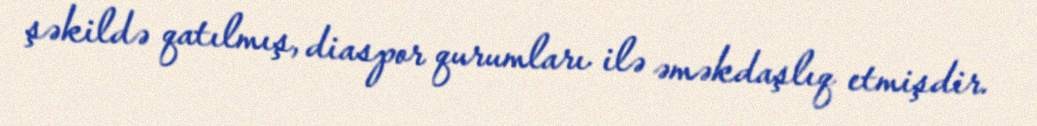
şəkildə qatılmış, diaspor qurumları ilə əməkdaşlıq etmişdir.